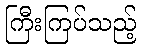
ကြီးကြပ်သည့်